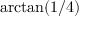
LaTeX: \arctan ( 1 / 4 )